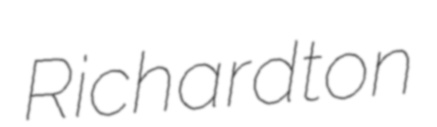
Richardton